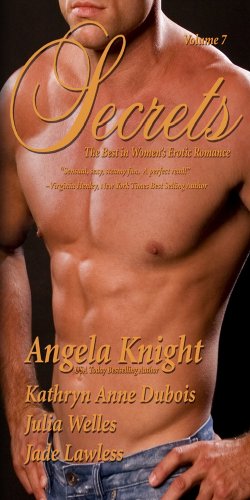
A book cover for Secrets: The Best in Women's Sensual Fiction, Vol. 7; Kathryn Anne Dubois; Romance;